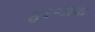
ફરજામા